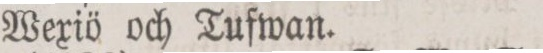
Wexiö och Tufwan.